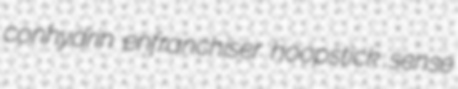
conhydrin enfranchiser hoopstick sense